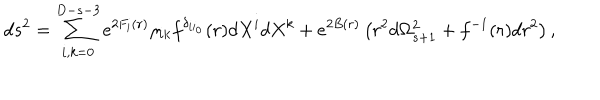
d s ^ { 2 } = \sum _ { i , k = 0 } ^ { D - s - 3 } e ^ { 2 F _ { i } ( r ) } \eta _ { i k } f ^ { \delta _ { i i _ { 0 } } } ( r ) d X ^ { i } d X ^ { k } + e ^ { 2 B ( r ) } \left( r ^ { 2 } d \Omega _ { s + 1 } ^ { 2 } + f ^ { - 1 } ( r ) d r ^ { 2 } \right) ,